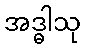
အဒ္ဓါသု